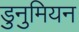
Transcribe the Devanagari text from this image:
डुनुमियन